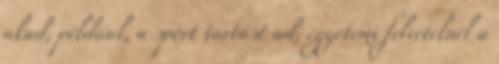
akad, például, a sport tartást ad, egyetemi felvételnél a